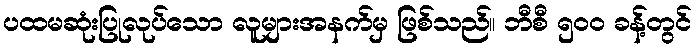
ပထမဆုံးပြုလုပ်သော လူများအနက်မှ ဖြစ်သည်။ ဘီစီ ၅၀၀ ခန့်တွင်